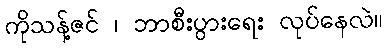
ကိုသန့်ဇင် ၊ ဘာစီးပွားရေး လုပ်နေလဲ။